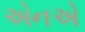
એનએ